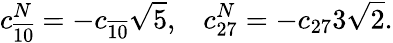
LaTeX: c_{\overline{{{10}}}}^{N}=-c_{\overline{{{10}}}}\sqrt{5},\; \; \; c_{27}^{N}=-c_{27}3\sqrt{2}.